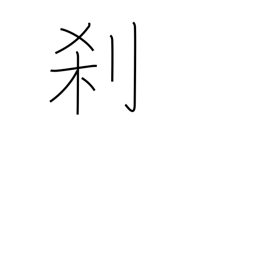
Meaning: temple